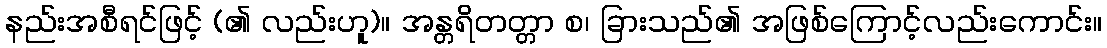
နည်းအစီရင်ဖြင့် (၏ လည်းဟူ)။ အန္တရိတတ္တာ စ၊ ခြားသည်၏ အဖြစ်ကြောင့်လည်းကောင်း။